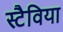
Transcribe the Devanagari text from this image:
स्टैविया